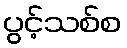
ပွင့်သစ်စ